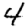
Digit: 4